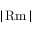
| \operatorname { R m } |